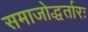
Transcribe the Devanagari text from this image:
समाजोद्धर्तारः